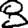
Digit: 8